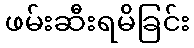
ဖမ်းဆီးရမိခြင်း